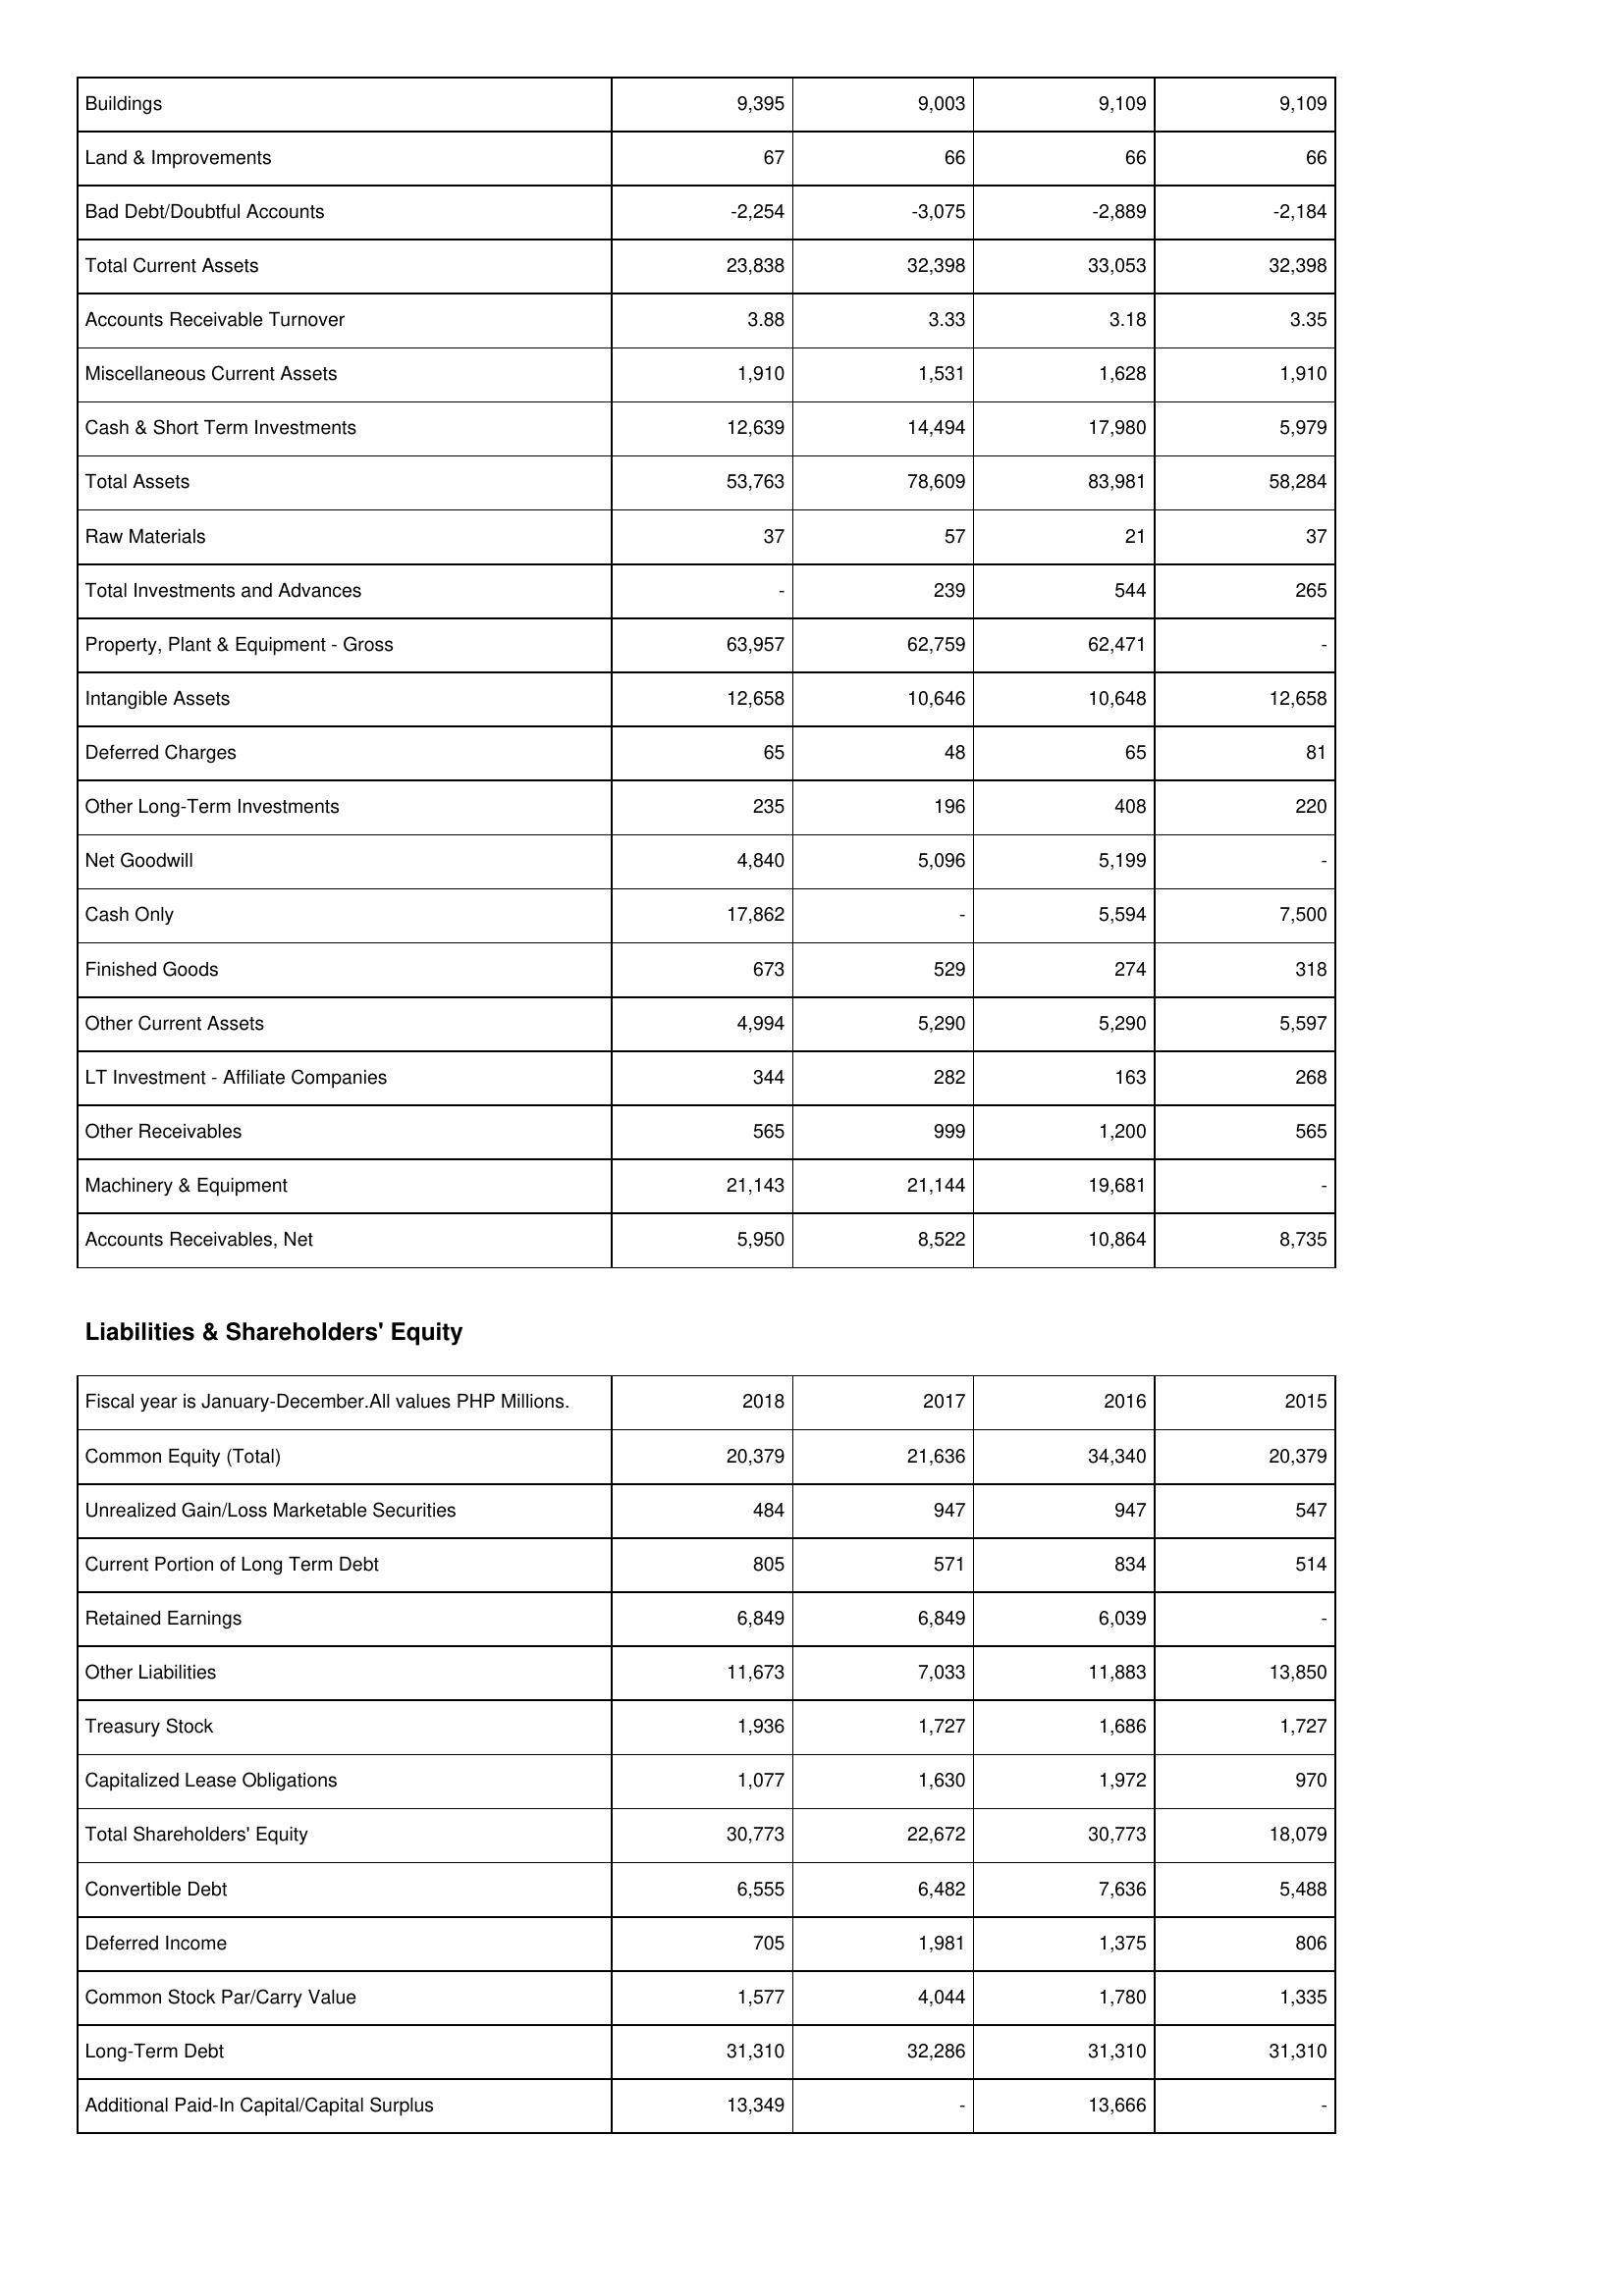
2018: Assets: Buildings: 9,395
Land & Improvements: 67
Bad Debt/Doubtful Accounts: -2,254
Total Current Assets: 23,838
Accounts Receivable Turnover: 3.88
Miscellaneous Current Assets: 1,910
Cash & Short Term Investments: 12,639
Total Assets: 53,763
Raw Materials: 37
Total Investments and Advances: -
Property, Plant & Equipment - Gross: 63,957
Intangible Assets: 12,658
Deferred Charges: 65
Other Long-Term Investments: 235
Net Goodwill: 4,840
Cash Only: 17,862
Finished Goods: 673
Other Current Assets: 4,994
LT Investment - Affiliate Companies: 344
Other Receivables: 565
Machinery & Equipment: 21,143
Accounts Receivables, Net: 5,950
Liabilities & Shareholders' Equity: Common Equity (Total): 20,379
Unrealized Gain/Loss Marketable Securities: 484
Current Portion of Long Term Debt: 805
Retained Earnings: 6,849
Other Liabilities: 11,673
Treasury Stock: 1,936
Capitalized Lease Obligations: 1,077
Total Shareholders' Equity: 30,773
Convertible Debt: 6,555
Deferred Income: 705
Common Stock Par/Carry Value: 1,577
Long-Term Debt: 31,310
Additional Paid-In Capital/Capital Surplus: 13,349
2017: Assets: Buildings: 9,003
Land & Improvements: 66
Bad Debt/Doubtful Accounts: -3,075
Total Current Assets: 32,398
Accounts Receivable Turnover: 3.33
Miscellaneous Current Assets: 1,531
Cash & Short Term Investments: 14,494
Total Assets: 78,609
Raw Materials: 57
Total Investments and Advances: 239
Property, Plant & Equipment - Gross: 62,759
Intangible Assets: 10,646
Deferred Charges: 48
Other Long-Term Investments: 196
Net Goodwill: 5,096
Cash Only: -
Finished Goods: 529
Other Current Assets: 5,290
LT Investment - Affiliate Companies: 282
Other Receivables: 999
Machinery & Equipment: 21,144
Accounts Receivables, Net: 8,522
Liabilities & Shareholders' Equity: Common Equity (Total): 21,636
Unrealized Gain/Loss Marketable Securities: 947
Current Portion of Long Term Debt: 571
Retained Earnings: 6,849
Other Liabilities: 7,033
Treasury Stock: 1,727
Capitalized Lease Obligations: 1,630
Total Shareholders' Equity: 22,672
Convertible Debt: 6,482
Deferred Income: 1,981
Common Stock Par/Carry Value: 4,044
Long-Term Debt: 32,286
Additional Paid-In Capital/Capital Surplus: -
2016: Assets: Buildings: 9,109
Land & Improvements: 66
Bad Debt/Doubtful Accounts: -2,889
Total Current Assets: 33,053
Accounts Receivable Turnover: 3.18
Miscellaneous Current Assets: 1,628
Cash & Short Term Investments: 17,980
Total Assets: 83,981
Raw Materials: 21
Total Investments and Advances: 544
Property, Plant & Equipment - Gross: 62,471
Intangible Assets: 10,648
Deferred Charges: 65
Other Long-Term Investments: 408
Net Goodwill: 5,199
Cash Only: 5,594
Finished Goods: 274
Other Current Assets: 5,290
LT Investment - Affiliate Companies: 163
Other Receivables: 1,200
Machinery & Equipment: 19,681
Accounts Receivables, Net: 10,864
Liabilities & Shareholders' Equity: Common Equity (Total): 34,340
Unrealized Gain/Loss Marketable Securities: 947
Current Portion of Long Term Debt: 834
Retained Earnings: 6,039
Other Liabilities: 11,883
Treasury Stock: 1,686
Capitalized Lease Obligations: 1,972
Total Shareholders' Equity: 30,773
Convertible Debt: 7,636
Deferred Income: 1,375
Common Stock Par/Carry Value: 1,780
Long-Term Debt: 31,310
Additional Paid-In Capital/Capital Surplus: 13,666
2015: Assets: Buildings: 9,109
Land & Improvements: 66
Bad Debt/Doubtful Accounts: -2,184
Total Current Assets: 32,398
Accounts Receivable Turnover: 3.35
Miscellaneous Current Assets: 1,910
Cash & Short Term Investments: 5,979
Total Assets: 58,284
Raw Materials: 37
Total Investments and Advances: 265
Property, Plant & Equipment - Gross: -
Intangible Assets: 12,658
Deferred Charges: 81
Other Long-Term Investments: 220
Net Goodwill: -
Cash Only: 7,500
Finished Goods: 318
Other Current Assets: 5,597
LT Investment - Affiliate Companies: 268
Other Receivables: 565
Machinery & Equipment: -
Accounts Receivables, Net: 8,735
Liabilities & Shareholders' Equity: Common Equity (Total): 20,379
Unrealized Gain/Loss Marketable Securities: 547
Current Portion of Long Term Debt: 514
Retained Earnings: -
Other Liabilities: 13,850
Treasury Stock: 1,727
Capitalized Lease Obligations: 970
Total Shareholders' Equity: 18,079
Convertible Debt: 5,488
Deferred Income: 806
Common Stock Par/Carry Value: 1,335
Long-Term Debt: 31,310
Additional Paid-In Capital/Capital Surplus: -